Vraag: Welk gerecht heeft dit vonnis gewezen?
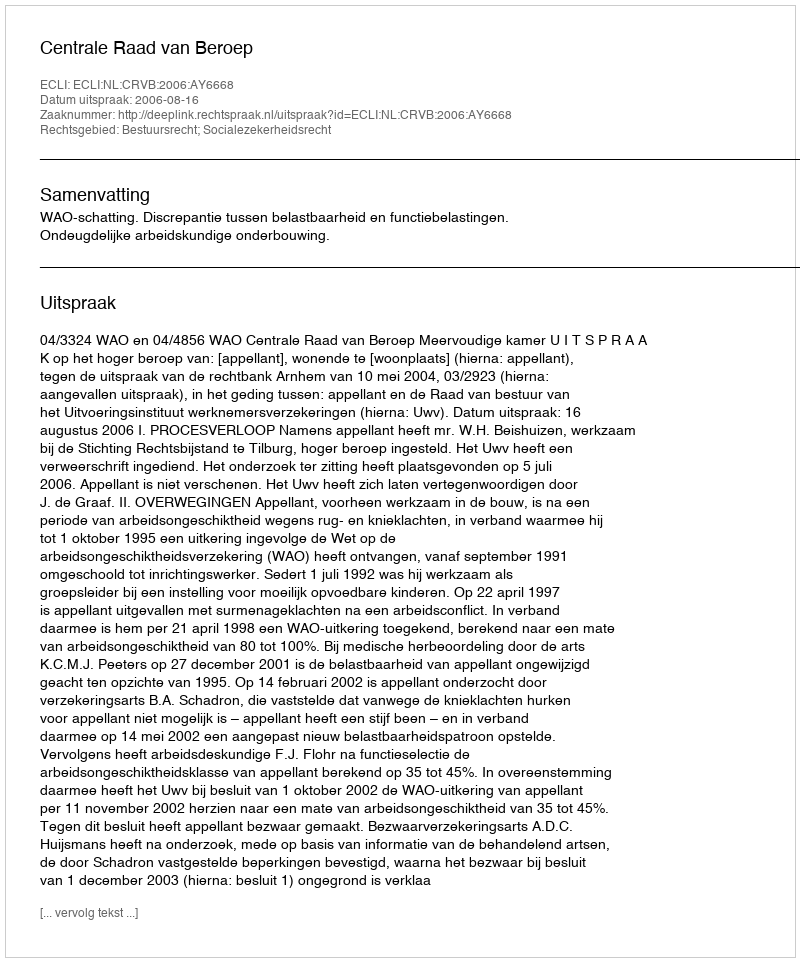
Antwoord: Centrale Raad van Beroep